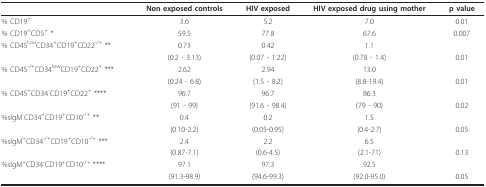
<table><thead><tr><td></td><td><b>Non exposed controls</b></td><td><b>HIV exposed</b></td><td><b>HIV exposed drug using mother</b></td><td><b>p value</b></td></tr></thead><tbody><tr><td>% CD19<sup>+</sup></td><td>3.6</td><td>5.2</td><td>7.0</td><td>0.01</td></tr><tr><td>% CD19<sup>+</sup>CD5<sup>+ </sup>*</td><td>59.5</td><td>77.8</td><td>67.6</td><td>0.007</td></tr><tr><td>% CD45<sup>low</sup>CD34<sup>+</sup>CD19<sup>+</sup>CD22<sup>-/+ </sup>**</td><td>0.73</td><td>0.42</td><td>1.1</td><td></td></tr><tr><td></td><td>(0.2 - 3.13)</td><td>(0.07 - 1.22)</td><td>(0.78 - 1.4)</td><td>0.01</td></tr><tr><td>% CD45<sup>-/+</sup>CD34<sup>low</sup>CD19<sup>+</sup>CD22<sup>+ </sup>***</td><td>2.62</td><td>2.94</td><td>13.0</td><td></td></tr><tr><td></td><td>(0.24 - 6.8)</td><td>(1.5 - 8.2)</td><td>(8.8-19.4)</td><td>0.01</td></tr><tr><td>% CD45<sup>+</sup>CD34<sup>-</sup>CD19<sup>+</sup>CD22<sup>+ </sup>****</td><td>96.7</td><td>96.7</td><td>86.3</td><td></td></tr><tr><td></td><td>(91 - 99)</td><td>(91.6 - 98.4)</td><td>(79 - 90)</td><td>0.02</td></tr><tr><td>%sIgM<sup>-</sup>CD34<sup>+</sup>CD19<sup>+</sup>CD10<sup>-/+ </sup>**</td><td>0.4</td><td>0.2</td><td>1.5</td><td></td></tr><tr><td></td><td>(0.10-2.2)</td><td>(0.05-0.95)</td><td>(0.4-2.7)</td><td>0.05</td></tr><tr><td>%sIgM<sup>+</sup>CD34<sup>-/+</sup>CD19<sup>+</sup>CD10<sup>-/+ </sup>***</td><td>2.4</td><td>2.2</td><td>6.5</td><td></td></tr><tr><td></td><td>(0.87-7.1)</td><td>(0.6-4.5)</td><td>(2.1-71)</td><td>0.13</td></tr><tr><td>%sIgM<sup>+</sup>CD34<sup>-</sup>CD19<sup>+</sup>CD10<sup>-/+ </sup>****</td><td>97.1</td><td>97.3</td><td>92.5</td><td></td></tr><tr><td></td><td>(91.3-98.9)</td><td>(94.6-99.3)</td><td>(92.0-95.0)</td><td>0.05</td></tr></tbody></table>